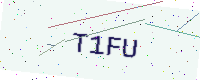
Text: T1FU